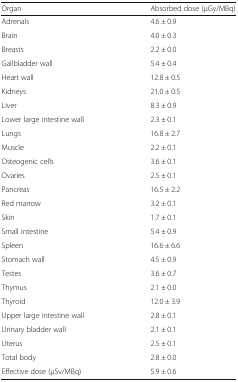
| Organ | Absorbed dose (μGy/MBq) |
 | --- | --- |
 | Adrenals | 4.6 ± 0.9 |
 | Brain | 4.0 ± 0.3 |
 | Breasts | 2.2 ± 0.0 |
 | Gallbladder wall | 5.4 ± 0.4 |
 | Heart wall | 12.8 ± 0.5 |
 | Kidneys | 21.0 ± 0.5 |
 | Liver | 8.3 ± 0.9 |
 | Lower large intestine wall | 2.3 ± 0.1 |
 | Lungs | 16.8 ± 2.7 |
 | Muscle | 2.2 ± 0.1 |
 | Osteogenic cells | 3.6 ± 0.1 |
 | Ovaries | 2.5 ± 0.1 |
 | Pancreas | 16.5 ± 2.2 |
 | Red marrow | 3.2 ± 0.1 |
 | Skin | 1.7 ± 0.1 |
 | Small intestine | 5.4 ± 0.9 |
 | Spleen | 16.6 ± 6.6 |
 | Stomach wall | 4.5 ± 0.9 |
 | Testes | 3.6 ± 0.7 |
 | Thymus | 2.1 ± 0.0 |
 | Thyroid | 12.0 ± 3.9 |
 | Upper large intestine wall | 2.8 ± 0.1 |
 | Urinary bladder wall | 2.1 ± 0.1 |
 | Uterus | 2.5 ± 0.1 |
 | Total body | 2.8 ± 0.0 |
 | Effective dose (μSv/MBq) | 5.9 ± 0.6 |